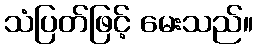
သံပြတ်ဖြင့် မေးသည်။